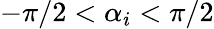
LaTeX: -\pi/2<\alpha_{i}<\pi/2